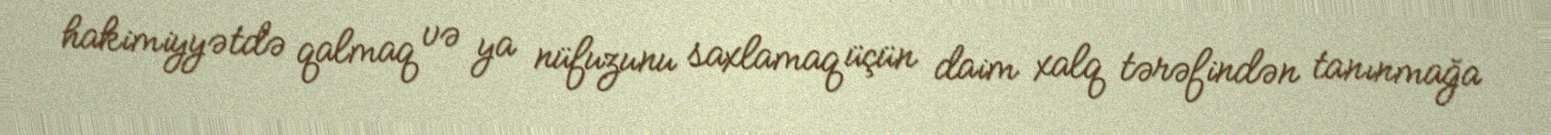
hakimiyyətdə qalmaq və ya nüfuzunu saxlamaq üçün daim xalq tərəfindən tanınmağa